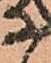
等